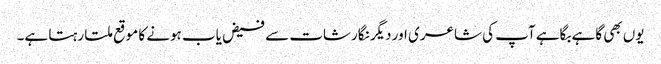
یوں بھی گاہے بگاہے آپ کی شاعری اور دیگر نگارشات سے فیض یاب ہونے کا موقع ملتا رہتا ہے۔